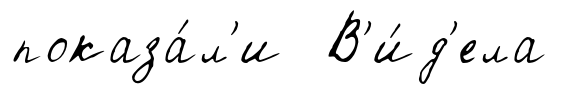
показа́л'и В'и́д'ела